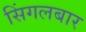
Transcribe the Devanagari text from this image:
सिंगलबार